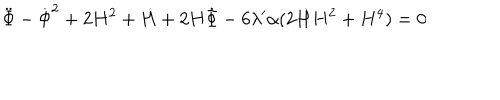
\ddot { \Phi } - \dot { \Phi } ^ { 2 } + 2 H ^ { 2 } + \dot { H } + 2 H \dot { \Phi } - 6 \lambda ^ { \prime } \alpha ( 2 \dot { H } H ^ { 2 } + H ^ { 4 } ) = 0